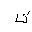
Letter: _ta